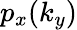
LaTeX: p_{x}(k_{y})